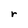
Character: r